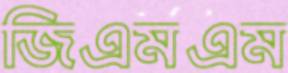
জিএমএম